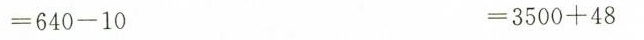
$$= 6 4 0 - 1 0$$ $$= 3 5 0 0 + 4 8$$